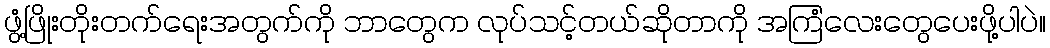
ဖွံ့ဖြိုးတိုးတက်ရေးအတွက်ကို ဘာတွေက လုပ်သင့်တယ်ဆိုတာကို အကြံလေးတွေပေးဖို့ပါပဲ။